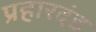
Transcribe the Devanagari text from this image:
प्रहारदंड